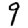
Digit: 9